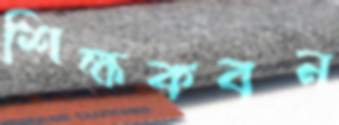
শিক্ষকবৃন